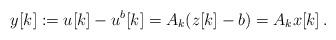
LaTeX: \begin{align*}y[k]:= u[k] - u^b[k] = A_k (z[k] - b) = A_k x[k]\,. \end{align*}